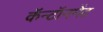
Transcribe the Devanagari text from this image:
कॅन्टॉनमेंट